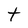
Character: t